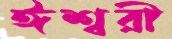
ঈশ্বরী